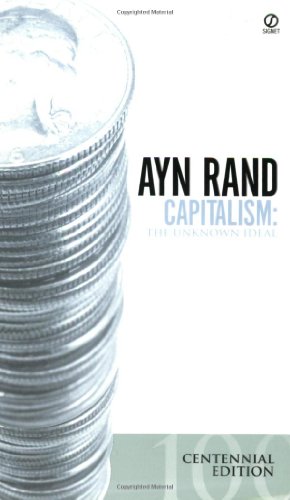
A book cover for Capitalism: The Unknown Ideal; Ayn Rand; Literature & Fiction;